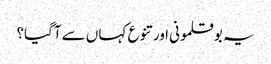
یہ بوقلمونی اور تنوع کہاں سے آگیا؟